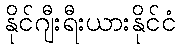
နိုင်ဂျီးရီးယားနိုင်ငံ